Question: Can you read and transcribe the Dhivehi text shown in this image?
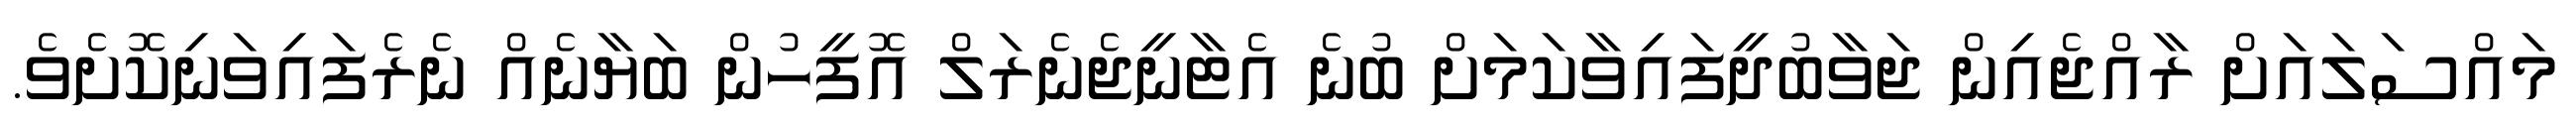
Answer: މައްސަލައަށް ރާއްޖެއިން ޖަވާބުދީފައިވާކަމަށް ބުނެ އެޓާނީޖެނެރަލް އޮފީހުން ބަޔާނެއް ނެރެފައިވަނިކޮށެވެ.